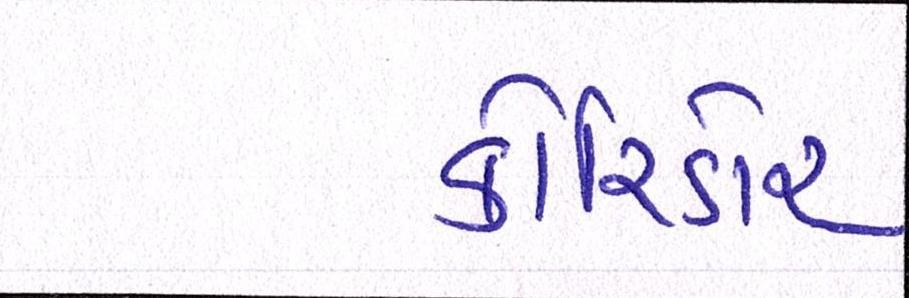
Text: કોરિડોર